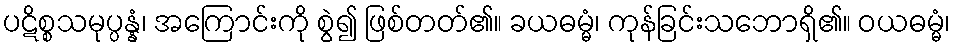
ပဋိစ္စသမုပ္ပန္နံ၊ အကြောင်းကို စွဲ၍ ဖြစ်တတ်၏။ ခယဓမ္မံ၊ ကုန်ခြင်းသဘောရှိ၏။ ဝယဓမ္မံ၊